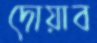
দোয়াব